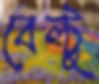
বেল্টু